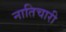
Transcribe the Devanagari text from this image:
नातिचारी